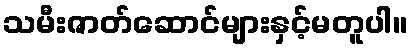
သမီးဇာတ်ဆောင်များနှင့်မတူပါ။